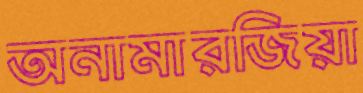
অনামারজিয়া